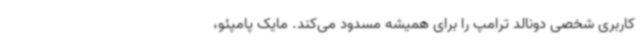
کاربری شخصی دونالد ترامپ را برای همیشه مسدود می‌کند. مایک پامپئو،